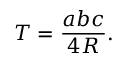
T = { \frac { a b c } { 4 R } } .